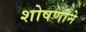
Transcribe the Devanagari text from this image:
शोषणाने